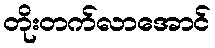
တိုးတက်လာအောင်